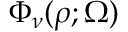
\Phi _ { \nu } ( \rho ; \Omega )